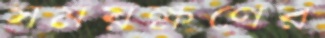
সময়ক্ষণের